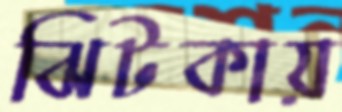
ঝিটকায়